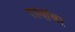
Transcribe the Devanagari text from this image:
रस्यांवर